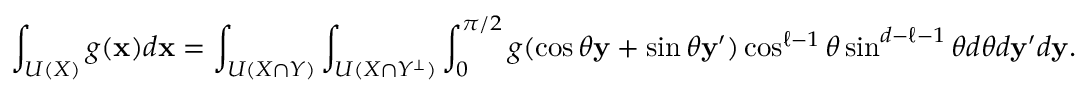
\int _ { { \cal U } ( { \cal X } ) } g ( { \bf x } ) d { \bf x } = \int _ { { \cal U } ( { \cal X } \cap { \cal Y } ) } \int _ { { \cal U } ( { \cal X } \cap { \cal Y } ^ { \perp } ) } \int _ { 0 } ^ { \pi / 2 } g ( \cos \theta { \bf y } + \sin \theta { \bf y } ^ { \prime } ) \cos ^ { \ell - 1 } \theta \sin ^ { d - \ell - 1 } \theta d \theta d { \bf y } ^ { \prime } d { \bf y } .